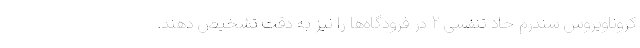
کروناویروس سندرم حاد تنفسی ۲ در فرودگاه‌ها را نیز به دقت تشخیص دهند.